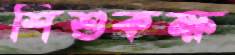
শিশুকক্ষ